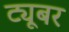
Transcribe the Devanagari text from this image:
ट्यूबर